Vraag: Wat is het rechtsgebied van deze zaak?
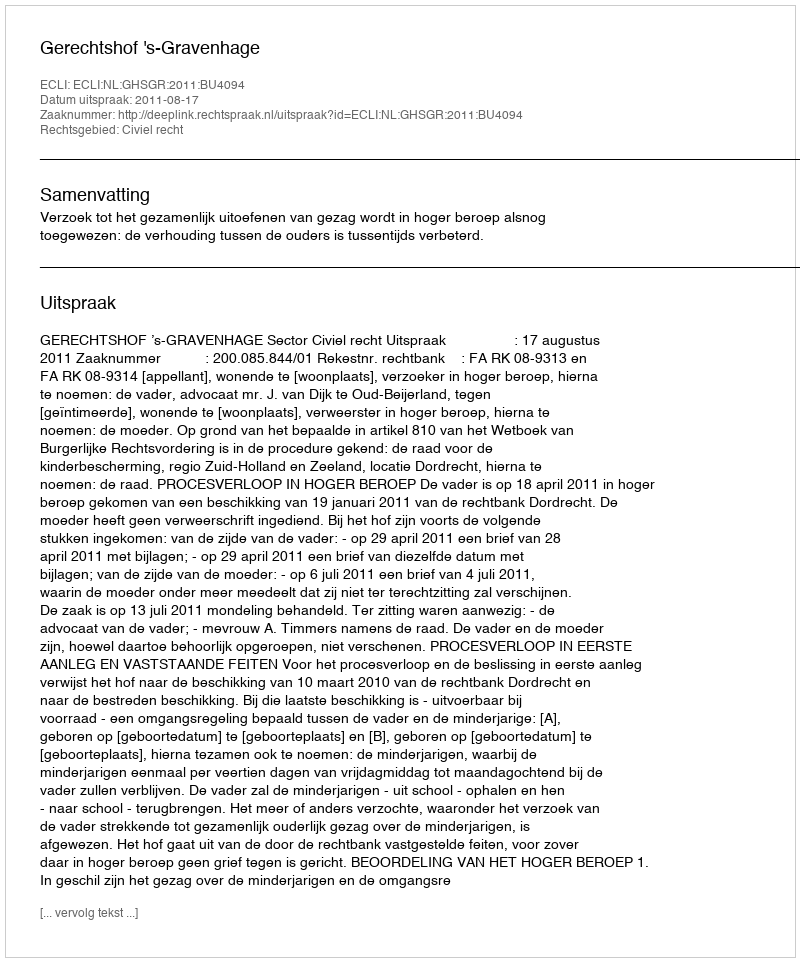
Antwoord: Civiel recht